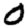
Digit: 0